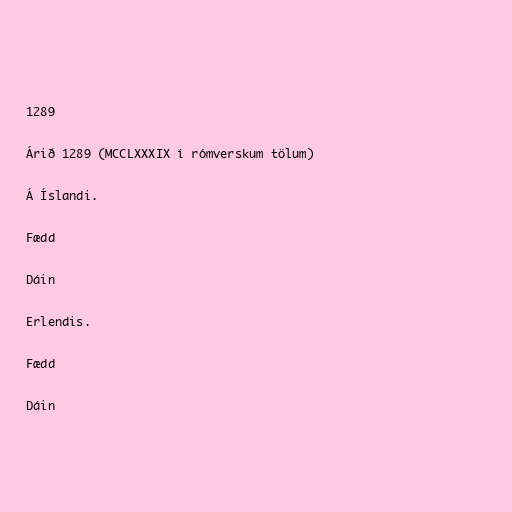
1289

Árið 1289 (MCCLXXXIX í rómverskum tölum)

Á Íslandi.

Fædd

Dáin

Erlendis.

Fædd

Dáin